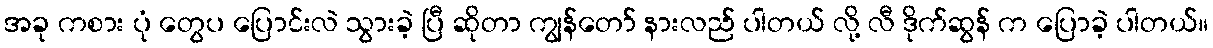
အခု ကစား ပုံ တွေပ ပြောင်းလဲ သွားခဲ့ ပြီ ဆိုတာ ကျွန်တော် နားလည် ပါတယ် လို့ လီ ဒိုက်ဆွန် က ပြောခဲ့ ပါတယ်။